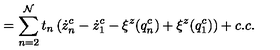
= \sum _ { n = 2 } ^ { \cal N } t _ { n } \left( \dot { z } _ { n } ^ { c } - \dot { z } _ { 1 } ^ { c } - \xi ^ { z } ( q _ { n } ^ { c } ) + \xi ^ { z } ( q _ { 1 } ^ { c } ) \right) + c . c .